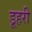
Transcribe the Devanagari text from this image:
डूहरी